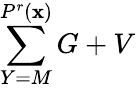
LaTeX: \sum\limits_{Y=M}^{P^{r}(\mathbf{x})}G+V